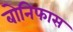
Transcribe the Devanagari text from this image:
बोनिफास